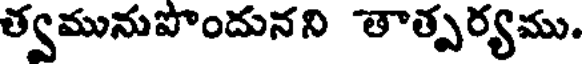
త్వమునుపొందునని తాత్పర్యము.